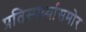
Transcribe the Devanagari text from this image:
प्रतिस्पर्ध्यासमोर